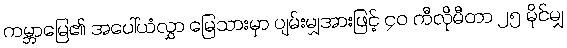
ကမ္ဘာမြေ၏ အပေါ်ယံလွှာ မြေသားမှာ ပျမ်းမျှအားဖြင့် ၄၀ ကီလိုမီတာ ၂၅ မိုင်မျှ